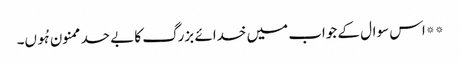
**اس سوال کے جواب میں خدائے بزرگ کا بے حد ممنون ہُوں۔